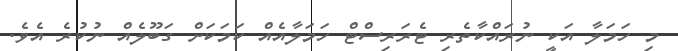
މި ހަމަލާ އަކީ ނުރައްކާތެރި ޓެރަރިސްޓް ހަމަލާއެއް ކަމަކަށް ގަބޫލެއް ނުކުރެ އެވެ.